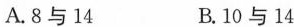
A.8与14 B.10与14